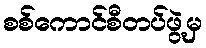
စစ်ကောင်စီတပ်ဖွဲ့မှ